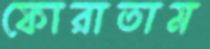
ফোরাতাম